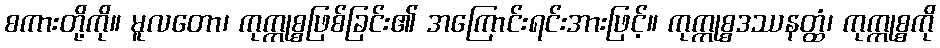
စကားတို့ကို။ မူလတော၊ ကုက္ကုစ္စဖြစ်ခြင်း၏ အကြောင်းရင်းအားဖြင့်။ ကုက္ကုစ္စဒဿနတ္ထံ၊ ကုက္ကုစ္စကို